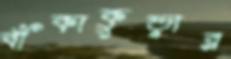
বাঁকাকুড়ার